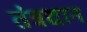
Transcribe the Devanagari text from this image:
तंत्रद्यान